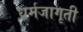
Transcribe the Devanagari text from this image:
धर्मजागृती